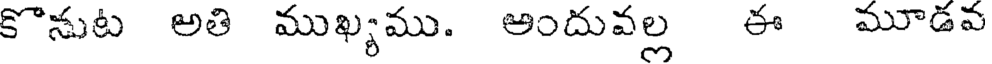
కొనుట అతి ముఖ్యము. అందువల్ల ఈ మూడవ